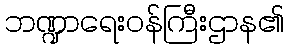
ဘဏ္ဍာရေးဝန်ကြီးဌာန၏